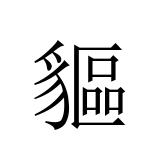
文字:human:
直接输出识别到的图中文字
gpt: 貙